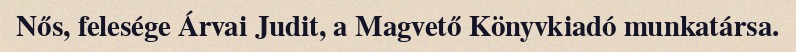
Nős, felesége Árvai Judit, a Magvető Könyvkiadó munkatársa.